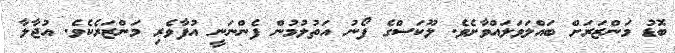
ބޮޑު މަންޒަރަށް ބައްލަވަލައްވާށެވެ. ލޫކަސްގެ ފޯނު އަތުލުމުން ފެންނަނީ އުފާވެރި މަންޒަރެކެވެ. އުޖާލާ